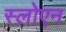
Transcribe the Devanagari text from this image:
स्लोएन